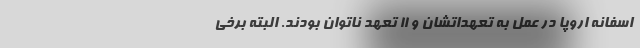
اسفانه اروپا در عمل به تعهداتشان و ۱۱ تعهد ناتوان بودند. البته برخی